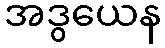
အဒွယေန